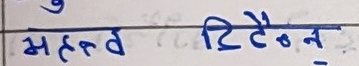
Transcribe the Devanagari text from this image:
महत्व रिटेन